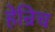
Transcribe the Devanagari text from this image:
हेन्रिच